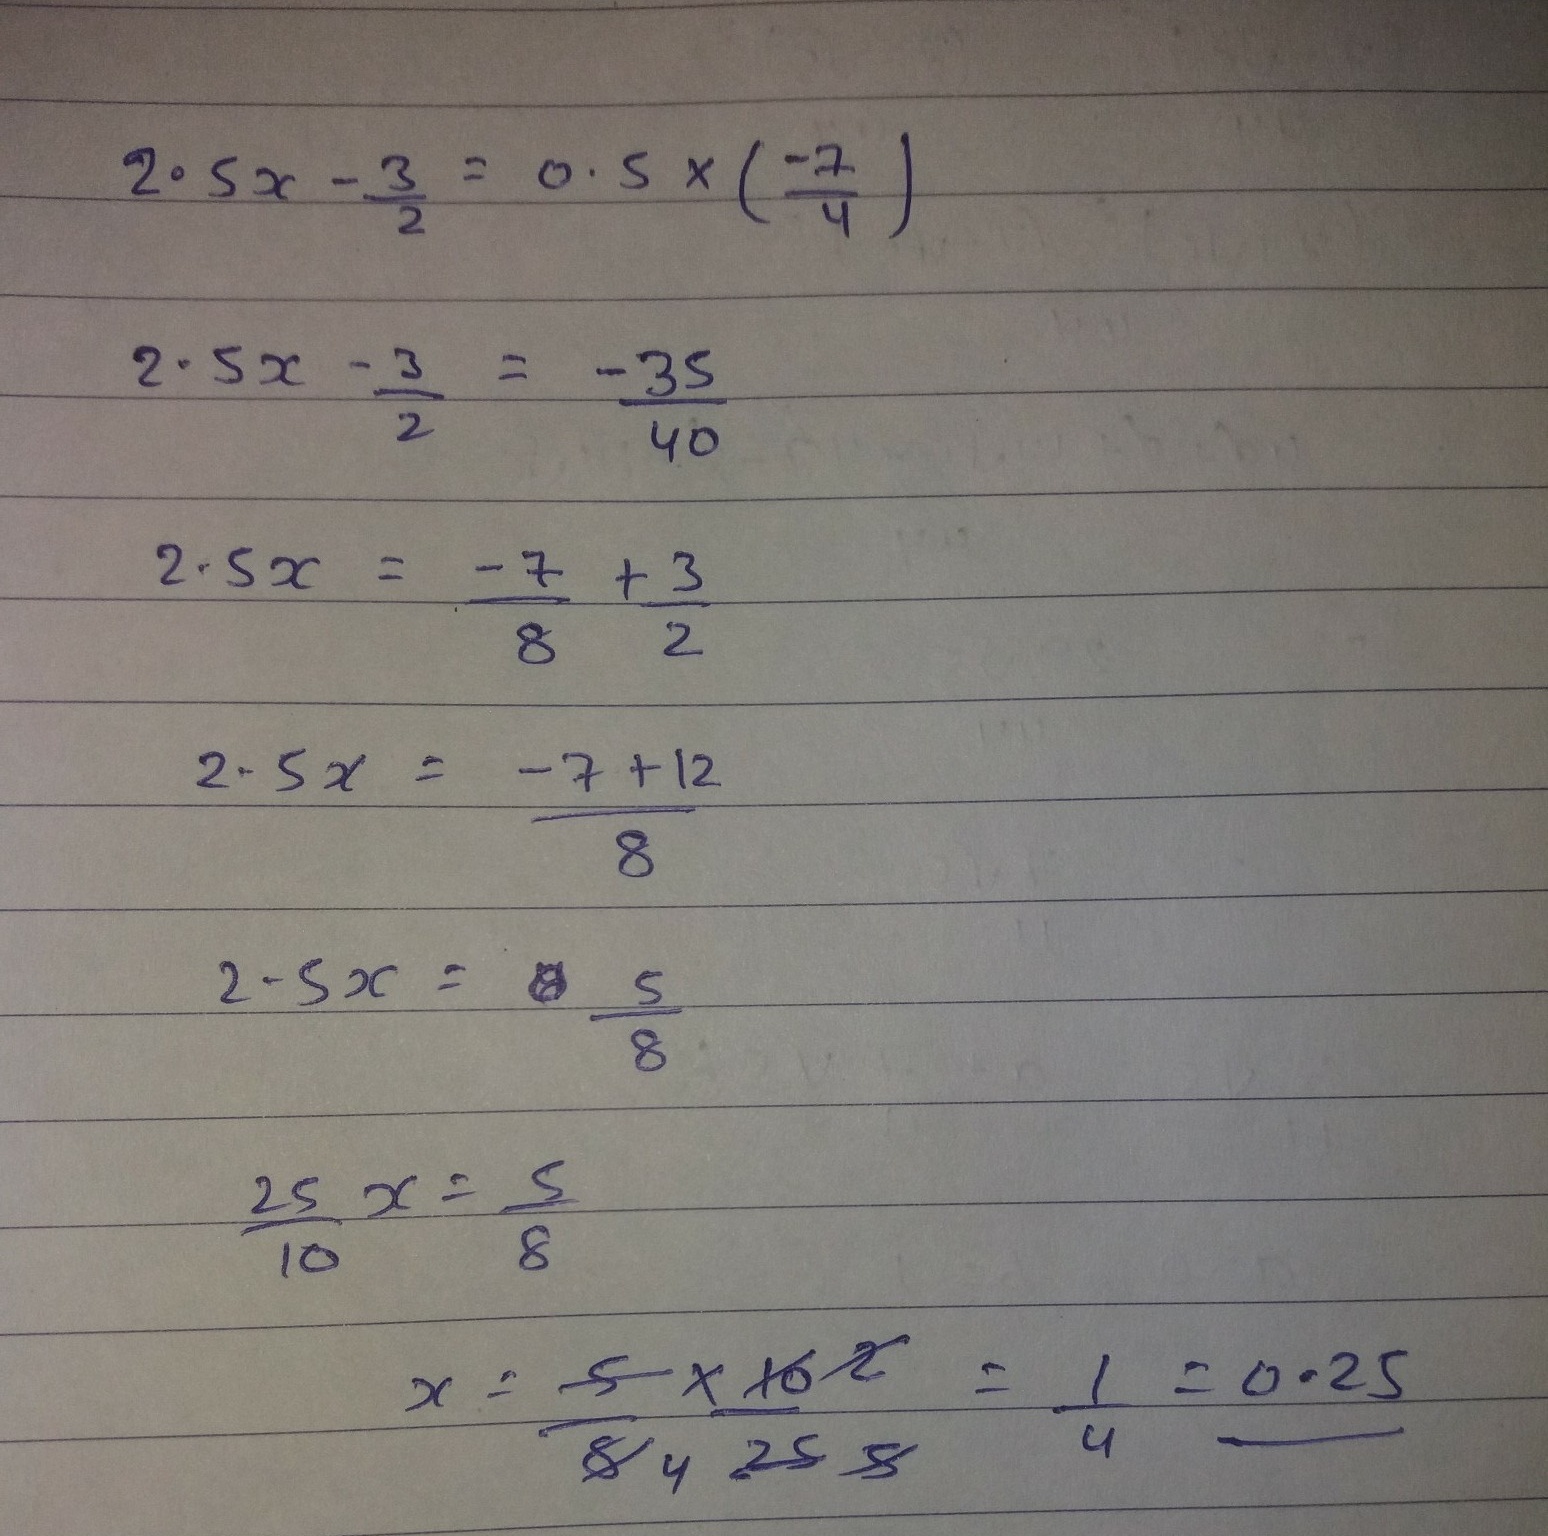
\[
\begin{align*}
2.5x-\frac{3}{2}&=0.5\times\left(\frac{-7}{4}\right)\\
2.5x-\frac{3}{2}&=-\frac{35}{40}\\
2.5x&=-\frac{7}{8}+\frac{3}{2}\\
2.5x&=\frac{-7 + 12}{8}\\
2.5x&=\frac{5}{8}\\
\frac{25}{10}x&=\frac{5}{8}\\
x&=\frac{5\times10}{8\times25}=\frac{1}{4}=0.25
\end{align*}
\]